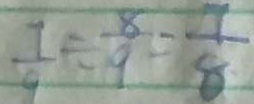
\frac { 7 } { 9 } \div \frac { 8 } { 9 } = \frac { 7 } { 8 }